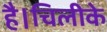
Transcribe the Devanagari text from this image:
है।चिलीके